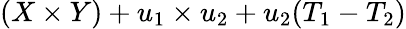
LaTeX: (X\times Y)+u_{1}\times u_{2}+u_{2}(T_{1}-T_{2})